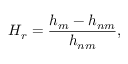
H _ { r } = \frac { h _ { m } - h _ { n m } } { h _ { n m } } ,